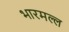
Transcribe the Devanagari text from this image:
भारमल्ल